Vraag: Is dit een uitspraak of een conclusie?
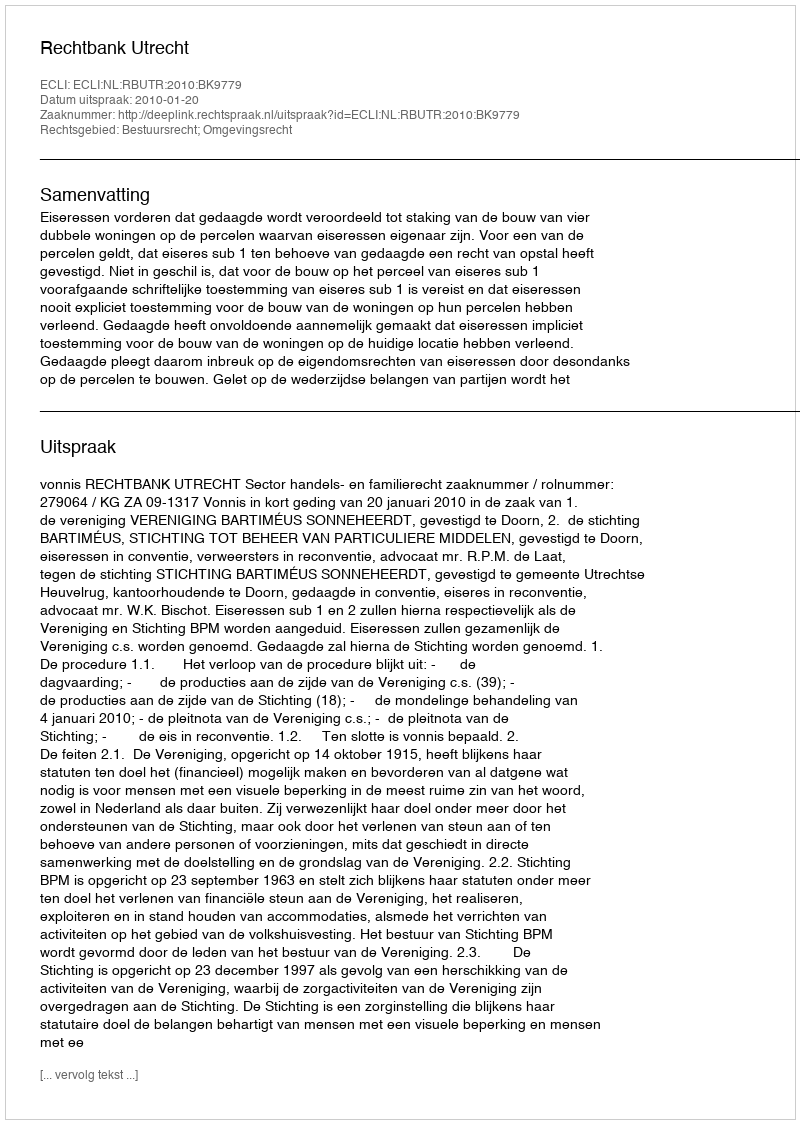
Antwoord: Uitspraak